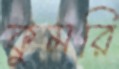
কুমরি